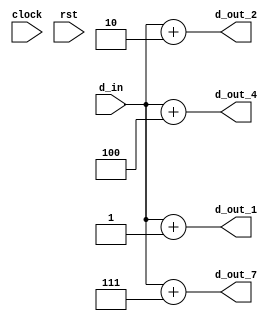
module multi_consumer
(
    d_in,
    d_out_1, d_out_2, d_out_4, d_out_7,
    clock, rst
);

    input clock;
    input rst;

    input [15:0] d_in;

    output [15:0] d_out_1, d_out_2, d_out_4, d_out_7;

    assign d_out_1 = d_in + 1'b1;
    assign d_out_2 = d_in + 2'b10;
    assign d_out_4 = d_in + 3'b100;
    assign d_out_7 = d_in + 3'b111;
    
endmodule